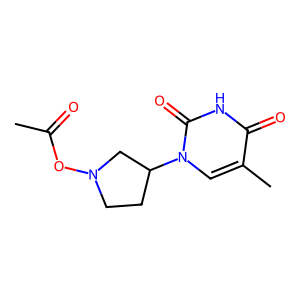
SMILES: CC(=O)ON1CCC(n2cc(C)c(=O)[nH]c2=O)C1
Inhibits HIV replication: No